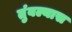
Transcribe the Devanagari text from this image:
तुंबल्यास